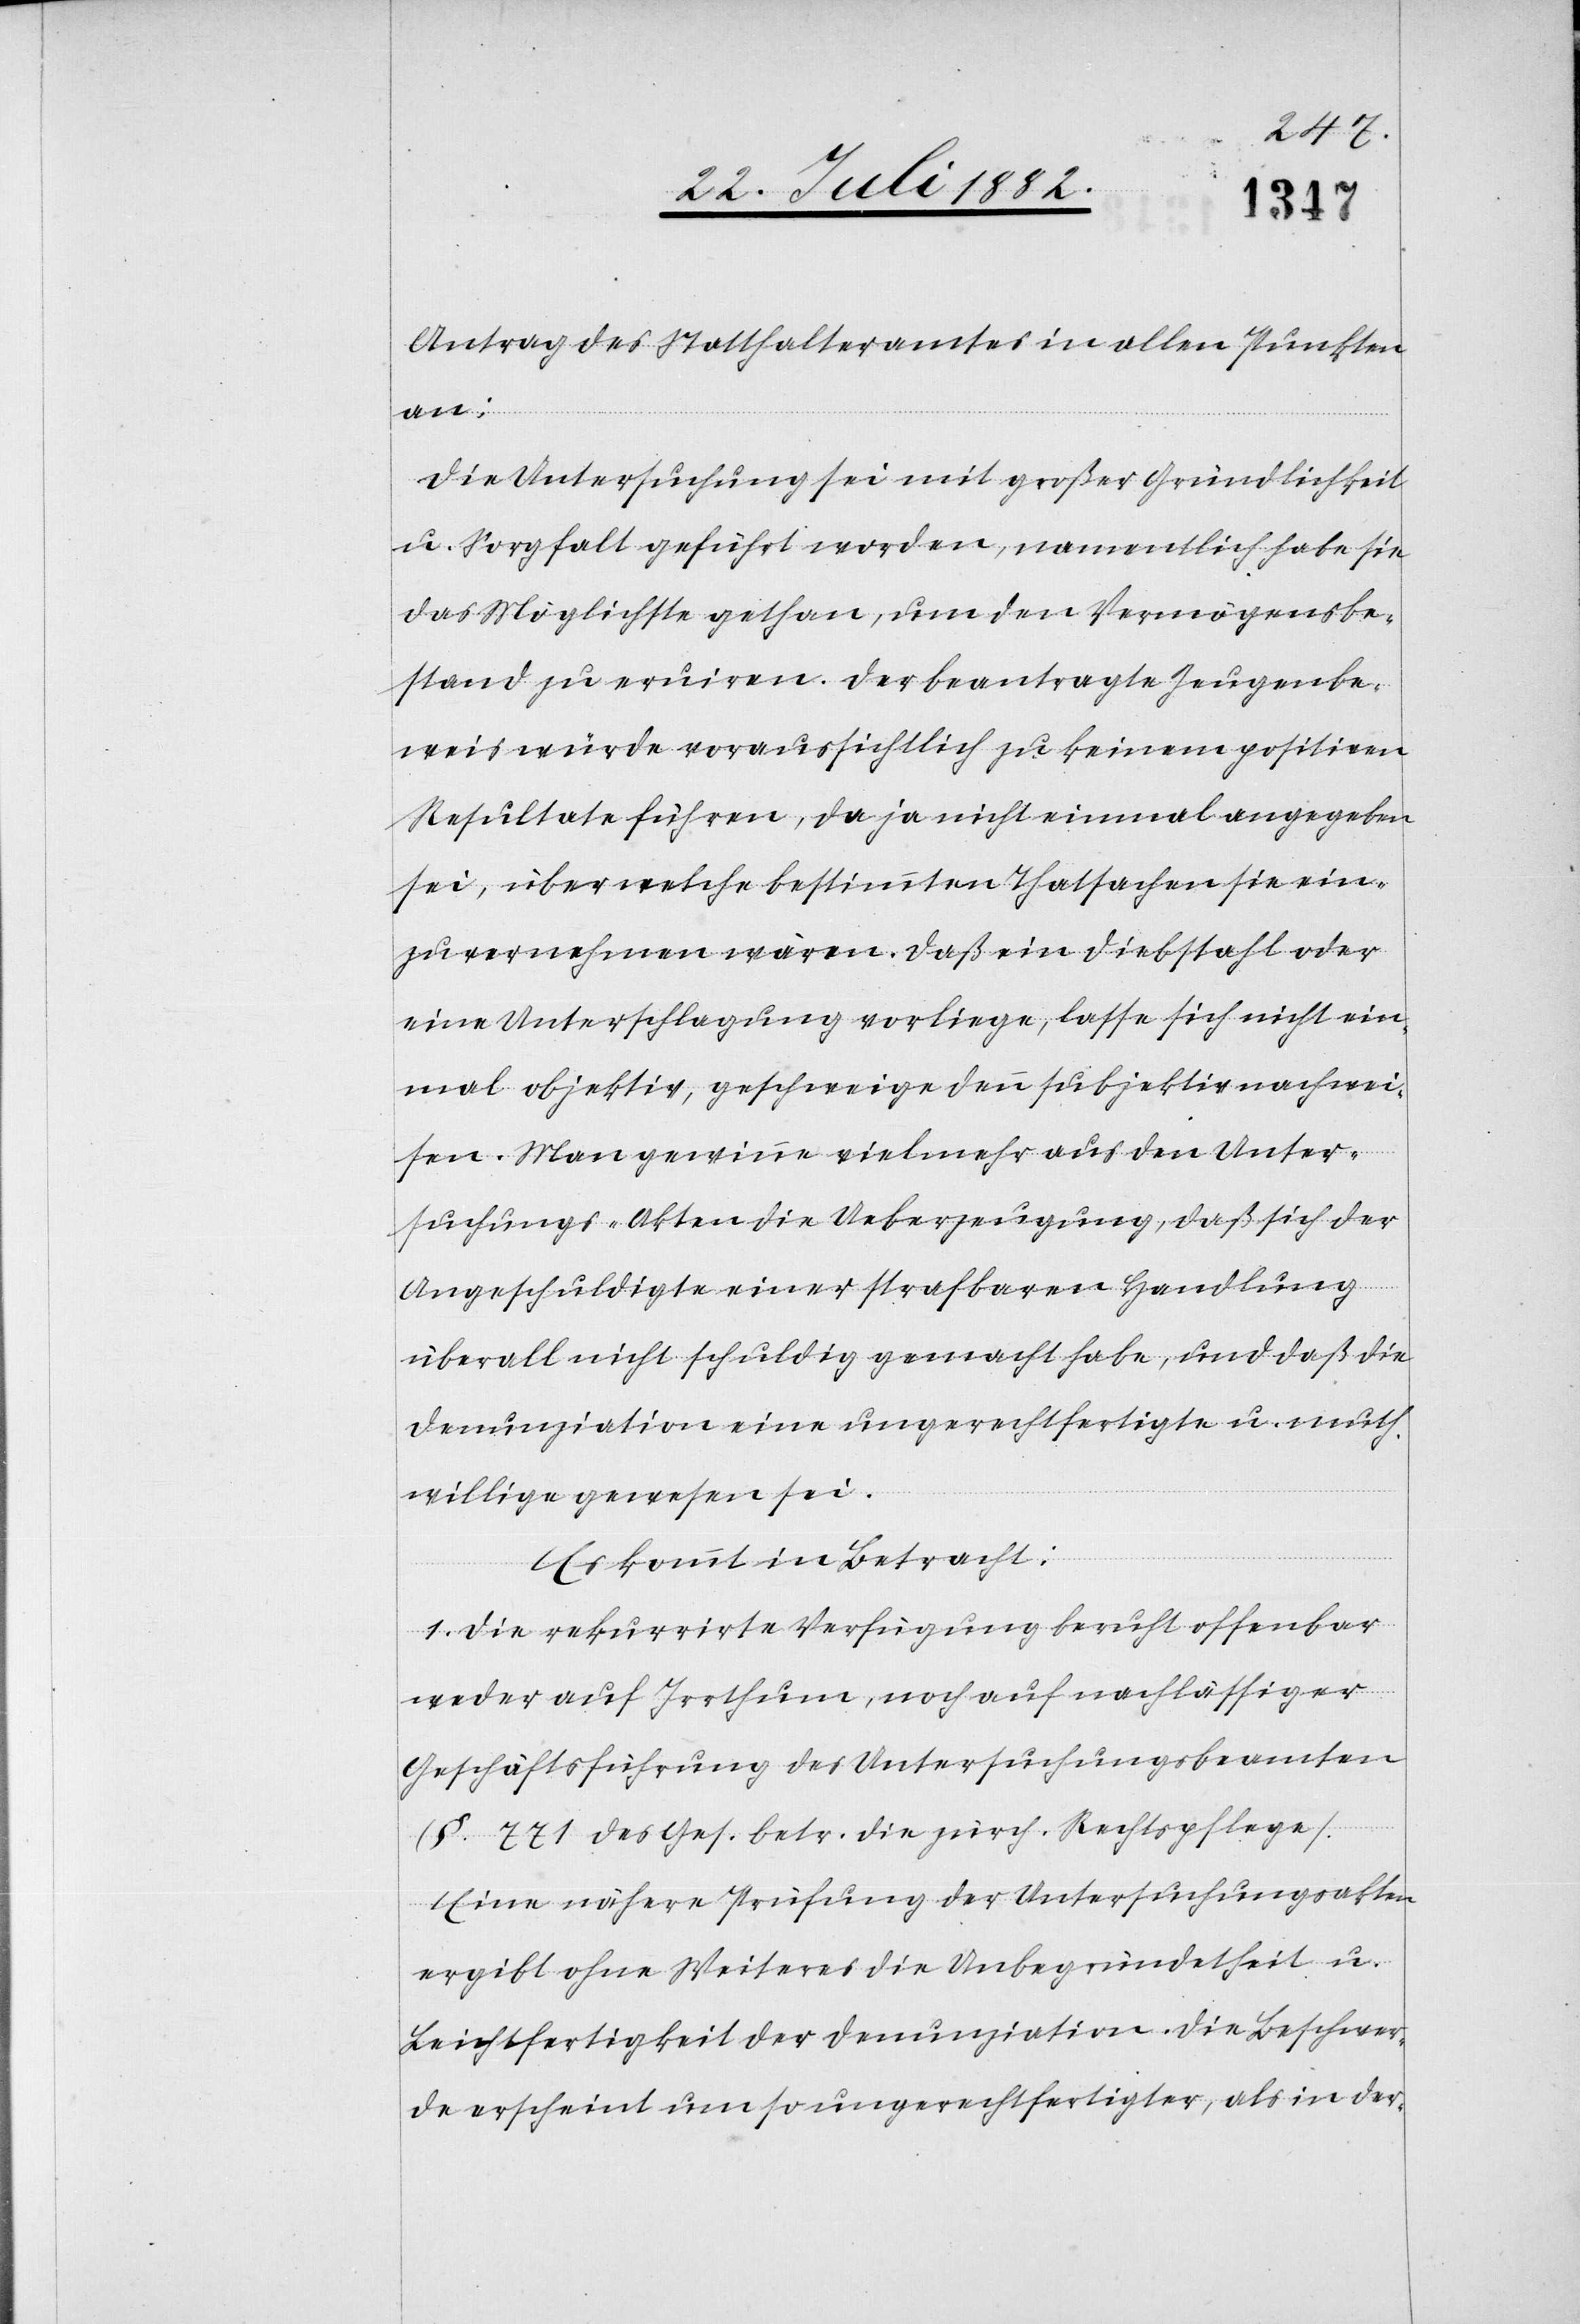
Antrag des Statthalteramtes in allen Punkten
Die Untersuchung sei mit großer Gründlichkeit
u. Sorgfalt geführt worden, namentlich habe sie
das Möglichste gethan, um den Vermögensbe¬
stand zu eruiren. Der beantragte Zeugenbe¬
weis würde voraussichtlich zu keinem positiven
Resultate führen, da ja nicht einmal angegeben
sei, über welche bestimmte Thatsachen sie ein¬
zuvernehmen wären. Daß ein Diebstahl oder
eine Unterschlagung vorliege, lasse sich nicht ein¬
mal objektiv, geschweige denn subjektiv nachwei¬
an:
sen. Man gewinne vielmehr aus den Unter¬
suchungs-Akten die Ueberzeugung, daß sich der
Angeschuldigte einer strafbaren Handlung
überall nicht schuldig gemacht habe, und daß die
Denunziation eine ungerechtfertigte u. muth¬
willige gewesen sei.
Es kommt in Betracht:
1. Die rekurrirte Verfügung beruht offenbar
weder auf Irrthum, noch auf nachlässiger
Geschäftsführung des Untersuchungsbeamten
(§. 771 des Ges. betr. die zürch. Rechtspflege).
Eine nähere Prüfung der Untersuchungsakten
ergibt ohne Weiteres die Unbegründetheit u.
Leichtfertigkeit der Denunziation. Die Beschwer¬
de erscheint um so ungerechtfertigter, als in der-